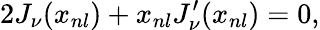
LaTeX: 2J_{\nu}(x_{nl})+x_{nl}J_{\nu}^{\prime}(x_{nl})=0,